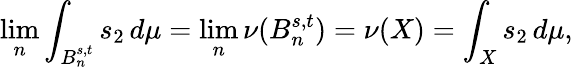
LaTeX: \operatorname*{lim}_{n}\int_{B_{n}^{s,t}}s_{2}\, d\mu=\operatorname*{lim}_{n}\nu(B_{n}^{s,t})=\nu(X)=\int_{X}s_{2}\, d\mu,